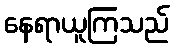
နေရာယူကြသည်